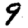
Digit: 9